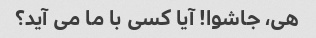
هی، جاشوا! آیا کسی با ما می آید؟